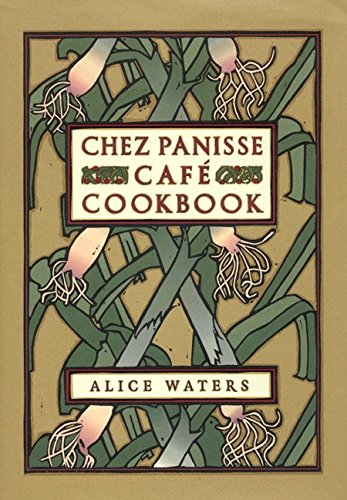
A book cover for Chez Panisse CafÃ© Cookbook; Alice L. Waters; Cookbooks, Food & Wine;